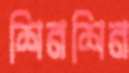
শিনশিন